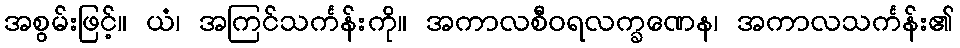
အစွမ်းဖြင့်။ ယံ၊ အကြင်သင်္ကန်းကို။ အကာလစီဝရလက္ခဏေန၊ အကာလသင်္ကန်း၏